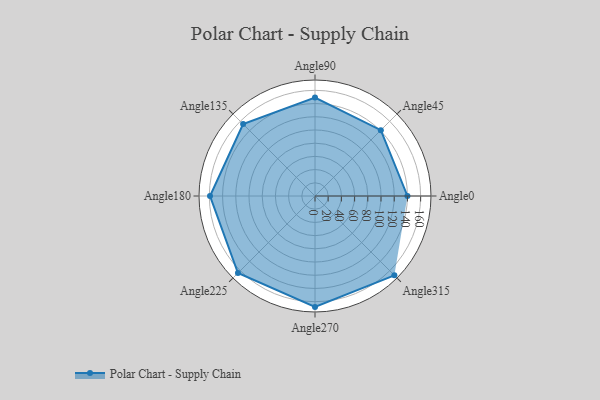
{"axis": {"x": "Angle", "y": "Radius"}, "legend": [""], "data": [{"x": "Angle0", "y": 140.0, "type": ""}, {"x": "Angle45", "y": 141.0, "type": ""}, {"x": "Angle90", "y": 149.0, "type": ""}, {"x": "Angle135", "y": 154.0, "type": ""}, {"x": "Angle180", "y": 159.0, "type": ""}, {"x": "Angle225", "y": 165.0, "type": ""}, {"x": "Angle270", "y": 168.0, "type": ""}, {"x": "Angle315", "y": 170, "type": ""}]}